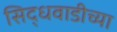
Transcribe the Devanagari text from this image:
सिद्धवाडीच्या